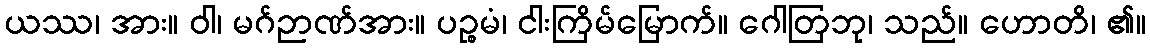
ယဿ၊ အား။ ဝါ၊ မဂ်ဉာဏ်အား။ ပဉ္စမံ၊ ငါးကြိမ်မြောက်။ ဂေါတြဘု၊ သည်။ ဟောတိ၊ ၏။